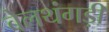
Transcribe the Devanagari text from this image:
बेलथंगड़ी